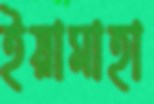
ইয়ামাহা